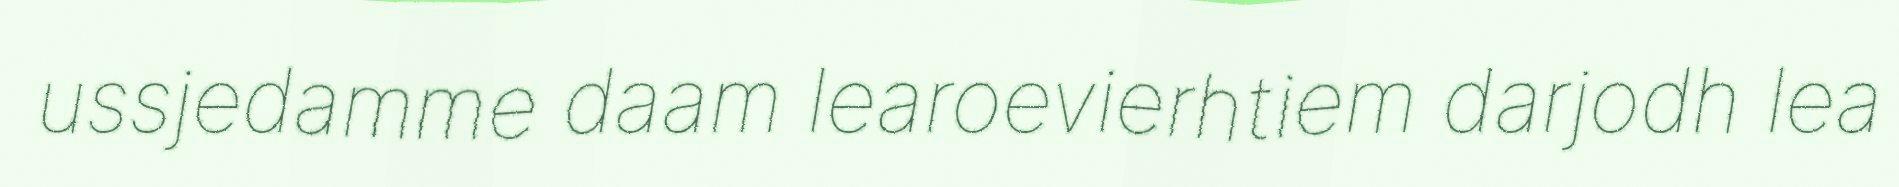
ussjedamme daam learoevierhtiem darjodh lea